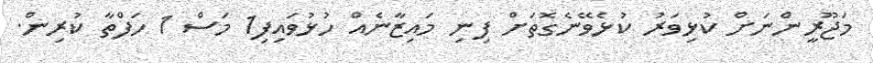
މަޖޫރީންނަށް ކުޅިވަރު ކުޅެވޭނެގޮތަށް ފިނި މައިޒާނެއް ހުޅުވައިފި1 މަސް 1 ހަފްތާ ކުރިން.